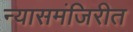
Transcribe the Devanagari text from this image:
न्यासमंजिरीत